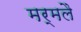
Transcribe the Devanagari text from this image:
मर्मलै